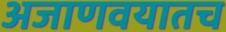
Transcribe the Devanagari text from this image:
अजाणवयातच